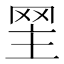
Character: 𦊝